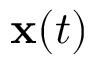
{ \bf x } ( t )